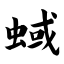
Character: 蜮